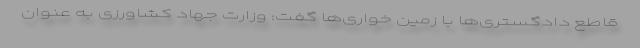
قاطع دادگستری‌ها با زمین خواری‌ها گفت: وزارت جهاد کشاورزی به عنوان